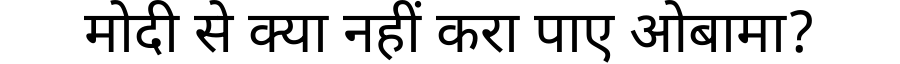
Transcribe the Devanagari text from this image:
मोदी से क्या नहीं करा पाए ओबामा?